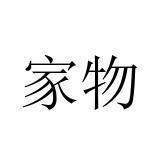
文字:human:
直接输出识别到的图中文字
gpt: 家物